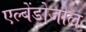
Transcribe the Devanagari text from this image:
एल्बेंडोजोल